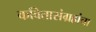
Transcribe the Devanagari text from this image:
कवितासंग्रहांचा